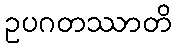
ဥပဂတဿာတိ